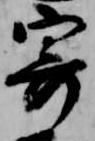
寄